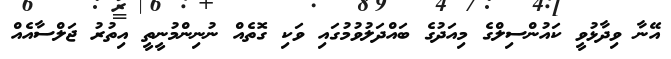
އޭނާ ވިދާޅުވީ ކައުންސިލްގެ މިއަދުގެ ބައްދަލުވުމުގައި ވަކި ގޮތެއް ނުނިންމުނީތީ އިތުރު ޖަލްސާއެއް